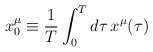
\begin{align*}x_0^{\mu}\equiv {1\over T}\int_0^T d\tau\, x^{\mu}(\tau)\end{align*}